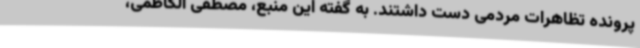
پرونده تظاهرات مردمی دست داشتند. به گفته این منبع، مصطفی الکاظمی،